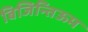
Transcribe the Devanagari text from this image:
बिजिन्तिऊम